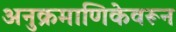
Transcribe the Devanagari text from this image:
अनुक्रमाणिकेवरून